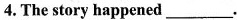
4.The story happened___.